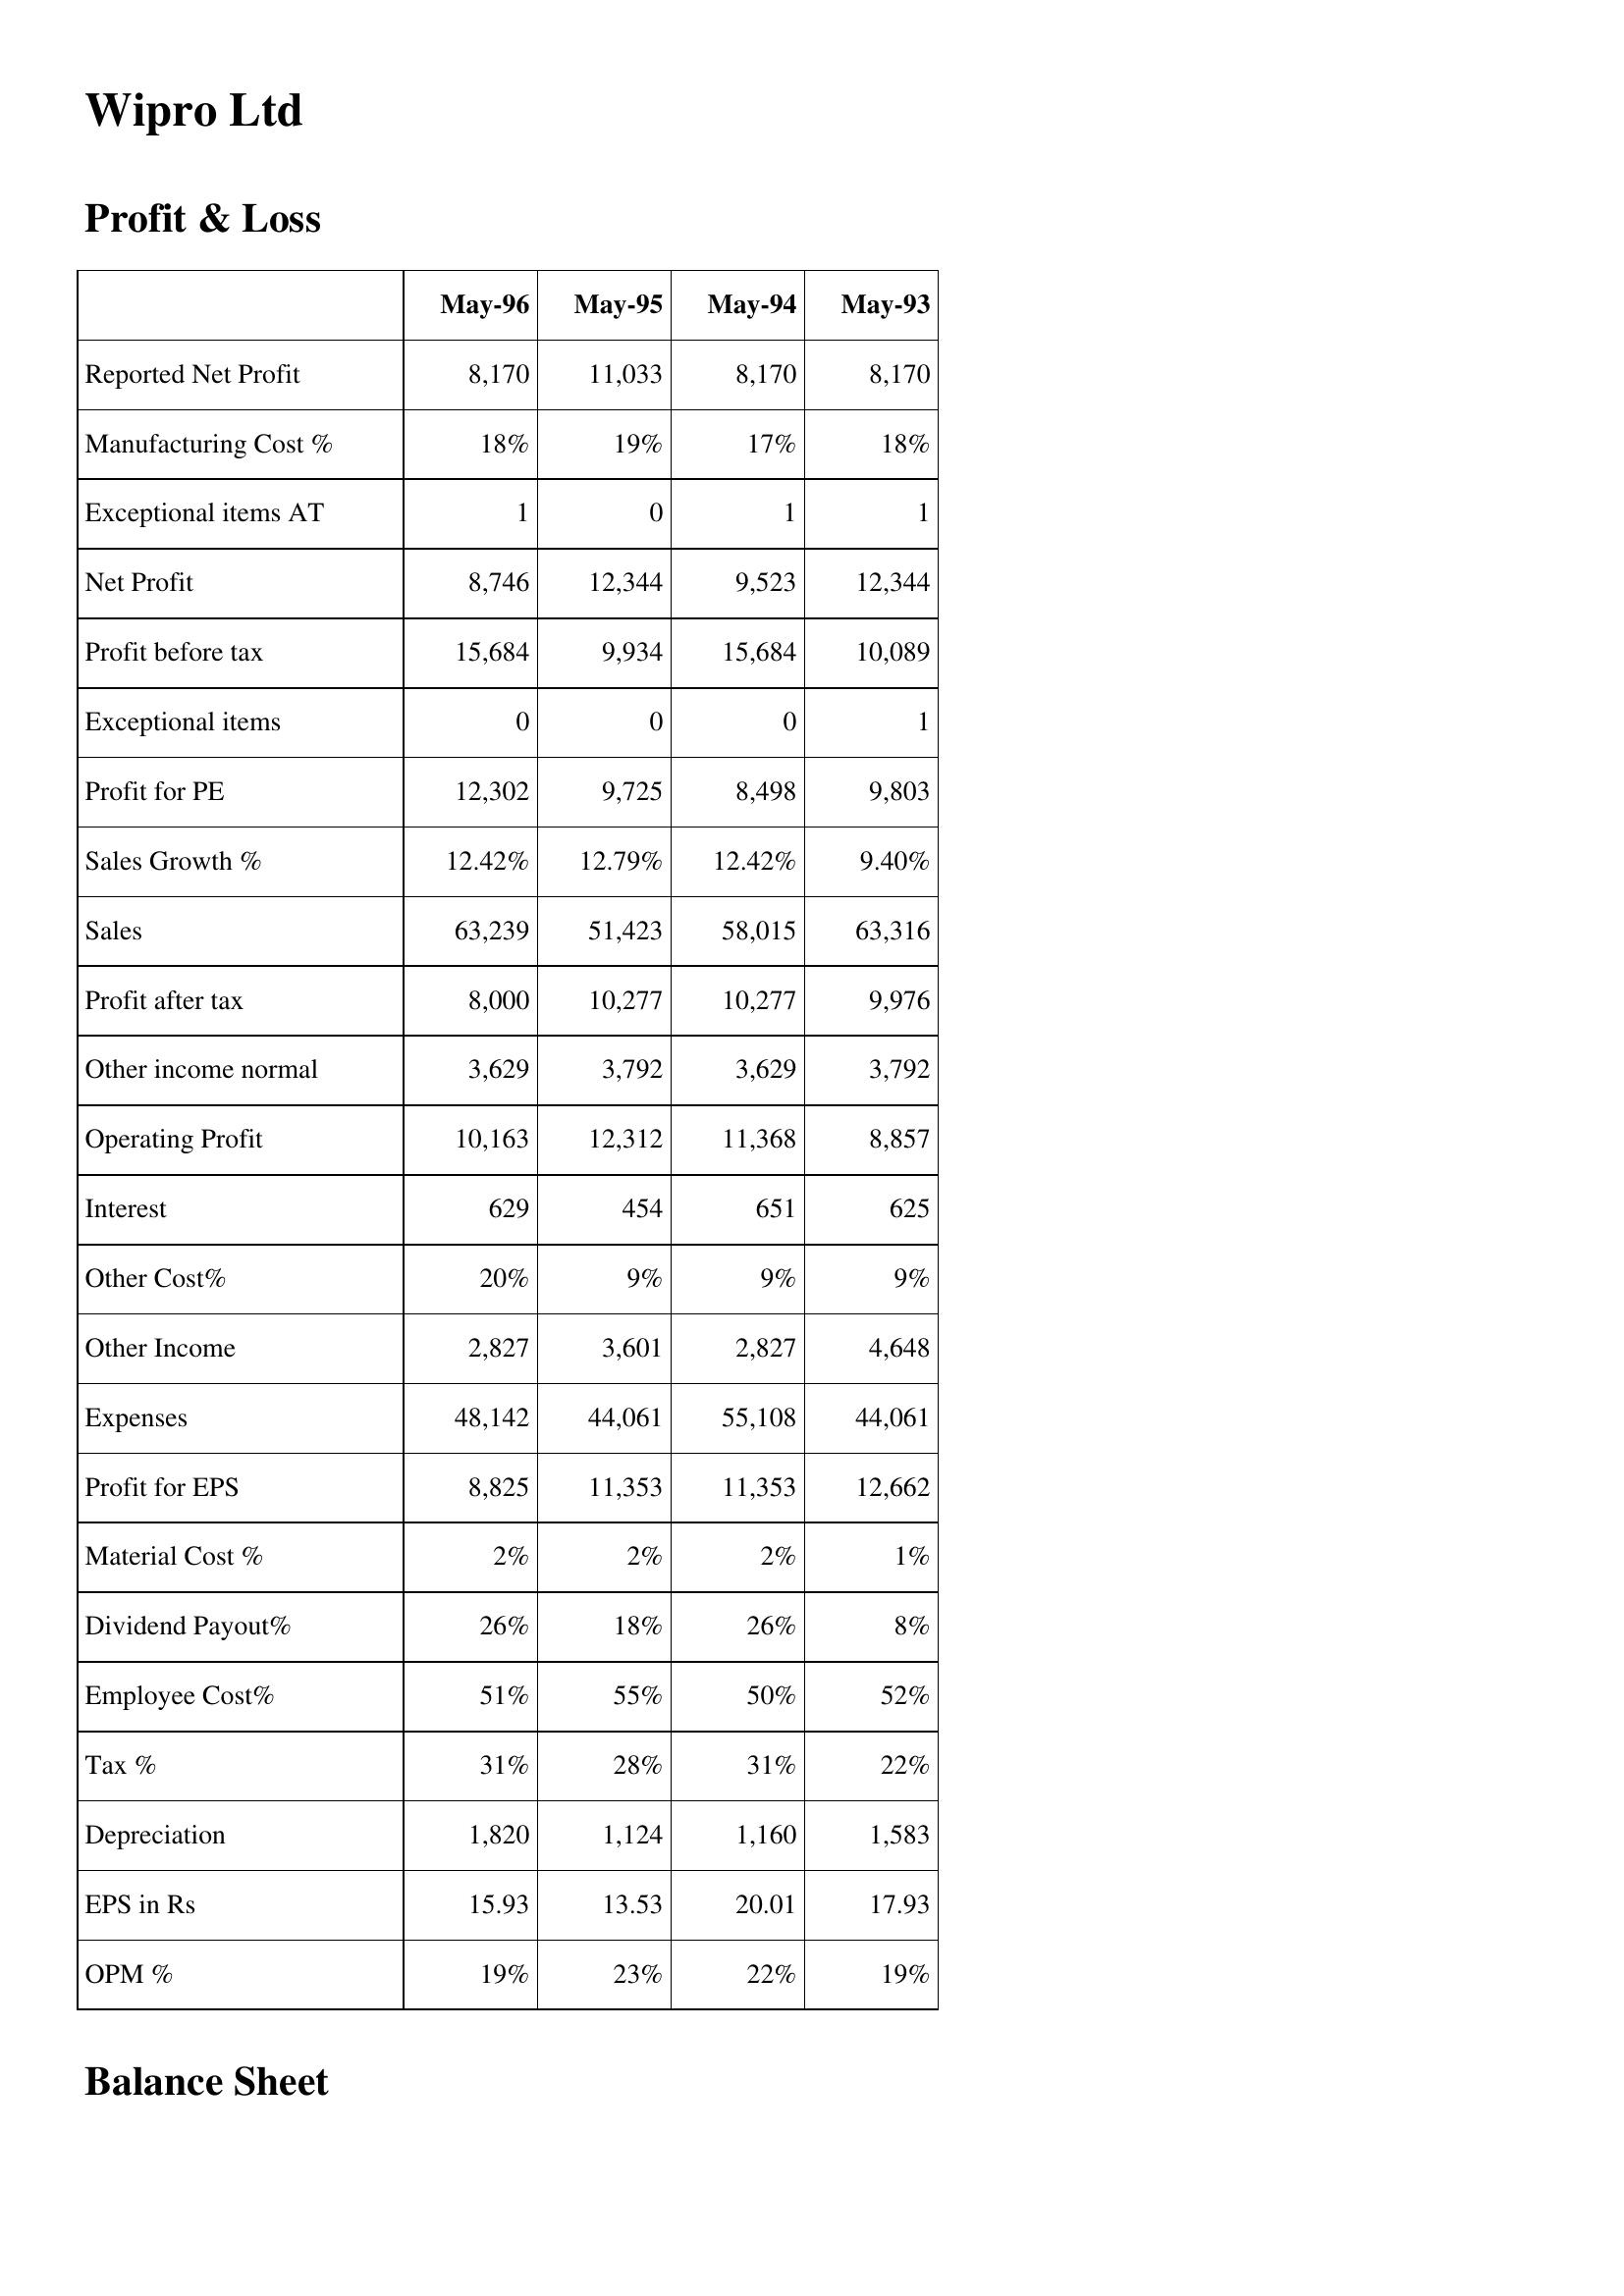
May-96: Profit & Loss: Reported Net Profit: 8,170
Manufacturing Cost %: 18%
Exceptional items AT: 1
Net Profit: 8,746
Profit before tax: 15,684
Exceptional items: 0
Profit for PE: 12,302
Sales Growth %: 12.42%
Sales: 63,239
Profit after tax: 8,000
Other income normal: 3,629
Operating Profit: 10,163
Interest: 629
Other Cost%: 20%
Other Income: 2,827
Expenses: 48,142
Profit for EPS: 8,825
Material Cost %: 2%
Dividend Payout%: 26%
Employee Cost%: 51%
Tax %: 31%
Depreciation: 1,820
EPS in Rs: 15.93
OPM %: 19%
May-95: Profit & Loss: Reported Net Profit: 11,033
Manufacturing Cost %: 19%
Exceptional items AT: 0
Net Profit: 12,344
Profit before tax: 9,934
Exceptional items: 0
Profit for PE: 9,725
Sales Growth %: 12.79%
Sales: 51,423
Profit after tax: 10,277
Other income normal: 3,792
Operating Profit: 12,312
Interest: 454
Other Cost%: 9%
Other Income: 3,601
Expenses: 44,061
Profit for EPS: 11,353
Material Cost %: 2%
Dividend Payout%: 18%
Employee Cost%: 55%
Tax %: 28%
Depreciation: 1,124
EPS in Rs: 13.53
OPM %: 23%
May-94: Profit & Loss: Reported Net Profit: 8,170
Manufacturing Cost %: 17%
Exceptional items AT: 1
Net Profit: 9,523
Profit before tax: 15,684
Exceptional items: 0
Profit for PE: 8,498
Sales Growth %: 12.42%
Sales: 58,015
Profit after tax: 10,277
Other income normal: 3,629
Operating Profit: 11,368
Interest: 651
Other Cost%: 9%
Other Income: 2,827
Expenses: 55,108
Profit for EPS: 11,353
Material Cost %: 2%
Dividend Payout%: 26%
Employee Cost%: 50%
Tax %: 31%
Depreciation: 1,160
EPS in Rs: 20.01
OPM %: 22%
May-93: Profit & Loss: Reported Net Profit: 8,170
Manufacturing Cost %: 18%
Exceptional items AT: 1
Net Profit: 12,344
Profit before tax: 10,089
Exceptional items: 1
Profit for PE: 9,803
Sales Growth %: 9.40%
Sales: 63,316
Profit after tax: 9,976
Other income normal: 3,792
Operating Profit: 8,857
Interest: 625
Other Cost%: 9%
Other Income: 4,648
Expenses: 44,061
Profit for EPS: 12,662
Material Cost %: 1%
Dividend Payout%: 8%
Employee Cost%: 52%
Tax %: 22%
Depreciation: 1,583
EPS in Rs: 17.93
OPM %: 19%